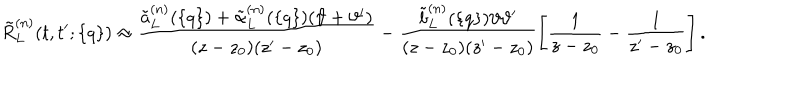
\tilde { R } _ { L } ^ { ( n ) } ( t , t ^ { \prime } ; \{ q \} ) \approx \frac { \tilde { a } _ { L } ^ { ( n ) } ( \{ q \} ) + \tilde { \alpha } _ { L } ^ { ( n ) } ( \{ q \} ) ( \vartheta + \vartheta ^ { \prime } ) } { ( z - z _ { 0 } ) ( z ^ { \prime } - z _ { 0 } ) } - \frac { \tilde { b } _ { L } ^ { ( n ) } ( \{ q \} ) \vartheta \vartheta ^ { \prime } } { ( z - z _ { 0 } ) ( z ^ { \prime } - z _ { 0 } ) } \Biggl [ \frac { 1 } { z - z _ { 0 } } - \frac { 1 } { z ^ { \prime } - z _ { 0 } } \Biggl ] \, .